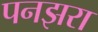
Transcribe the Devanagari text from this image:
पनझरा